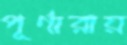
পূর্ণারায়